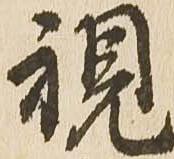
視